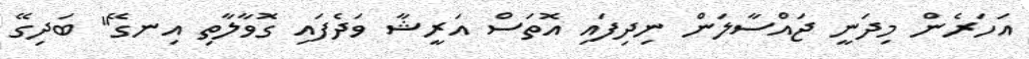
އަހަރެން މިދަނީ ޖައްސާލަން ނިދިފައި އޮތަސް އަރީޝާ ވަދެފައި ގޮވާލާތި އިނގޭ" ބަދިގޭ